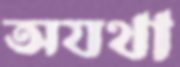
অযথা